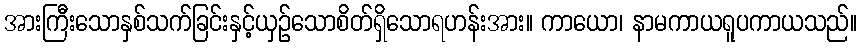
အားကြီးသောနှစ်သက်ခြင်းနှင့်ယှဉ်သောစိတ်ရှိသောရဟန်းအား။ ကာယော၊ နာမကာယရူပကာယသည်။